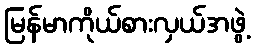
မြန်မာကိုယ်စားလှယ်အဖွဲ့